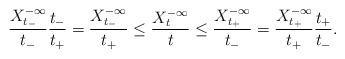
LaTeX: \begin{align*}\frac{X_{t_-}^{-\infty}}{t_-} \frac{t_-}{t_+}= \frac{X_{t_-}^{-\infty}}{t_+} \leq \frac{X_t^{-\infty}}t \leq \frac{X_{t_+}^{-\infty}}{t_-} = \frac{X_{t_+}^{-\infty}}{t_+} \frac{t_+}{t_-}.\end{align*}